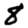
Digit: 8